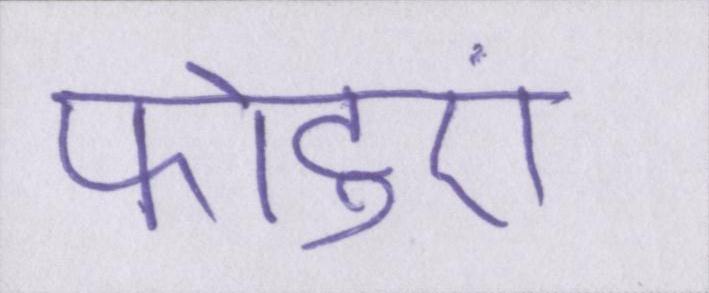
फोटुएं